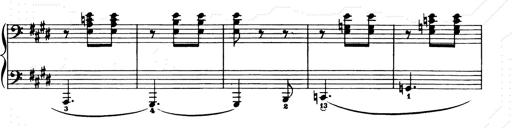
Title: Consolations and LiebestrÃ¤ume for the Piano
Composer: Franz Liszt